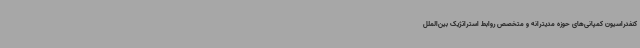
کنفدراسیون کمپانی‌های حوزه مدیترانه و متخصص روابط استراتژیک بین‌الملل